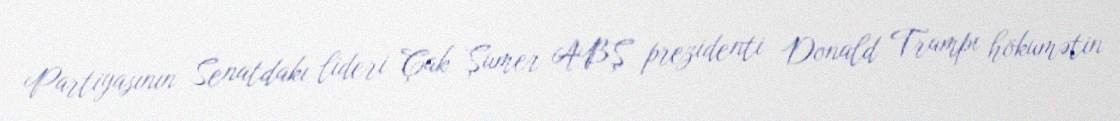
Partiyasının Senatdakı lideri Çak Şumer ABŞ prezidenti Donald Trampı hökumətin